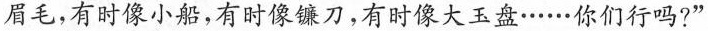
眉毛，有时像小船，有时像镰刀，有时像大玉盘……你们行吗?”